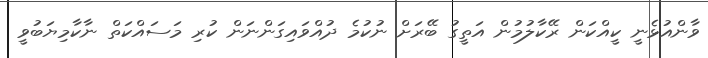
ވާންއުޅެނީ ކީއްކަން ރޭކާލުމުން އަތީގު ބޭރަށް ނުކުމެ ދުއްވައިގަންނަން ކުރި މަސައްކަތް ނާކާމިޔަބުވީ